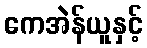
ကေအဲန်ယူနှင့်